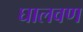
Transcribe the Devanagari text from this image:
घालवण